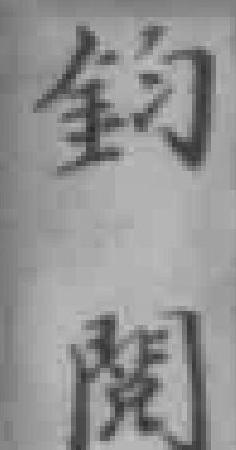
鈞閱